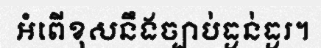
អំពើខុសនឹងច្បាប់ធ្ងន់ធ្ងរ។